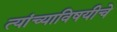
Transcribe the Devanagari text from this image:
त्यांच्याविषयीचे